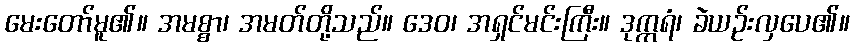
မေးတော်မူ၏။ အမစ္စာ၊ အမတ်တို့သည်။ ဒေဝ၊ အရှင်မင်းကြီး။ ဒုက္ကရံ၊ ခဲယဉ်းလှပေ၏။